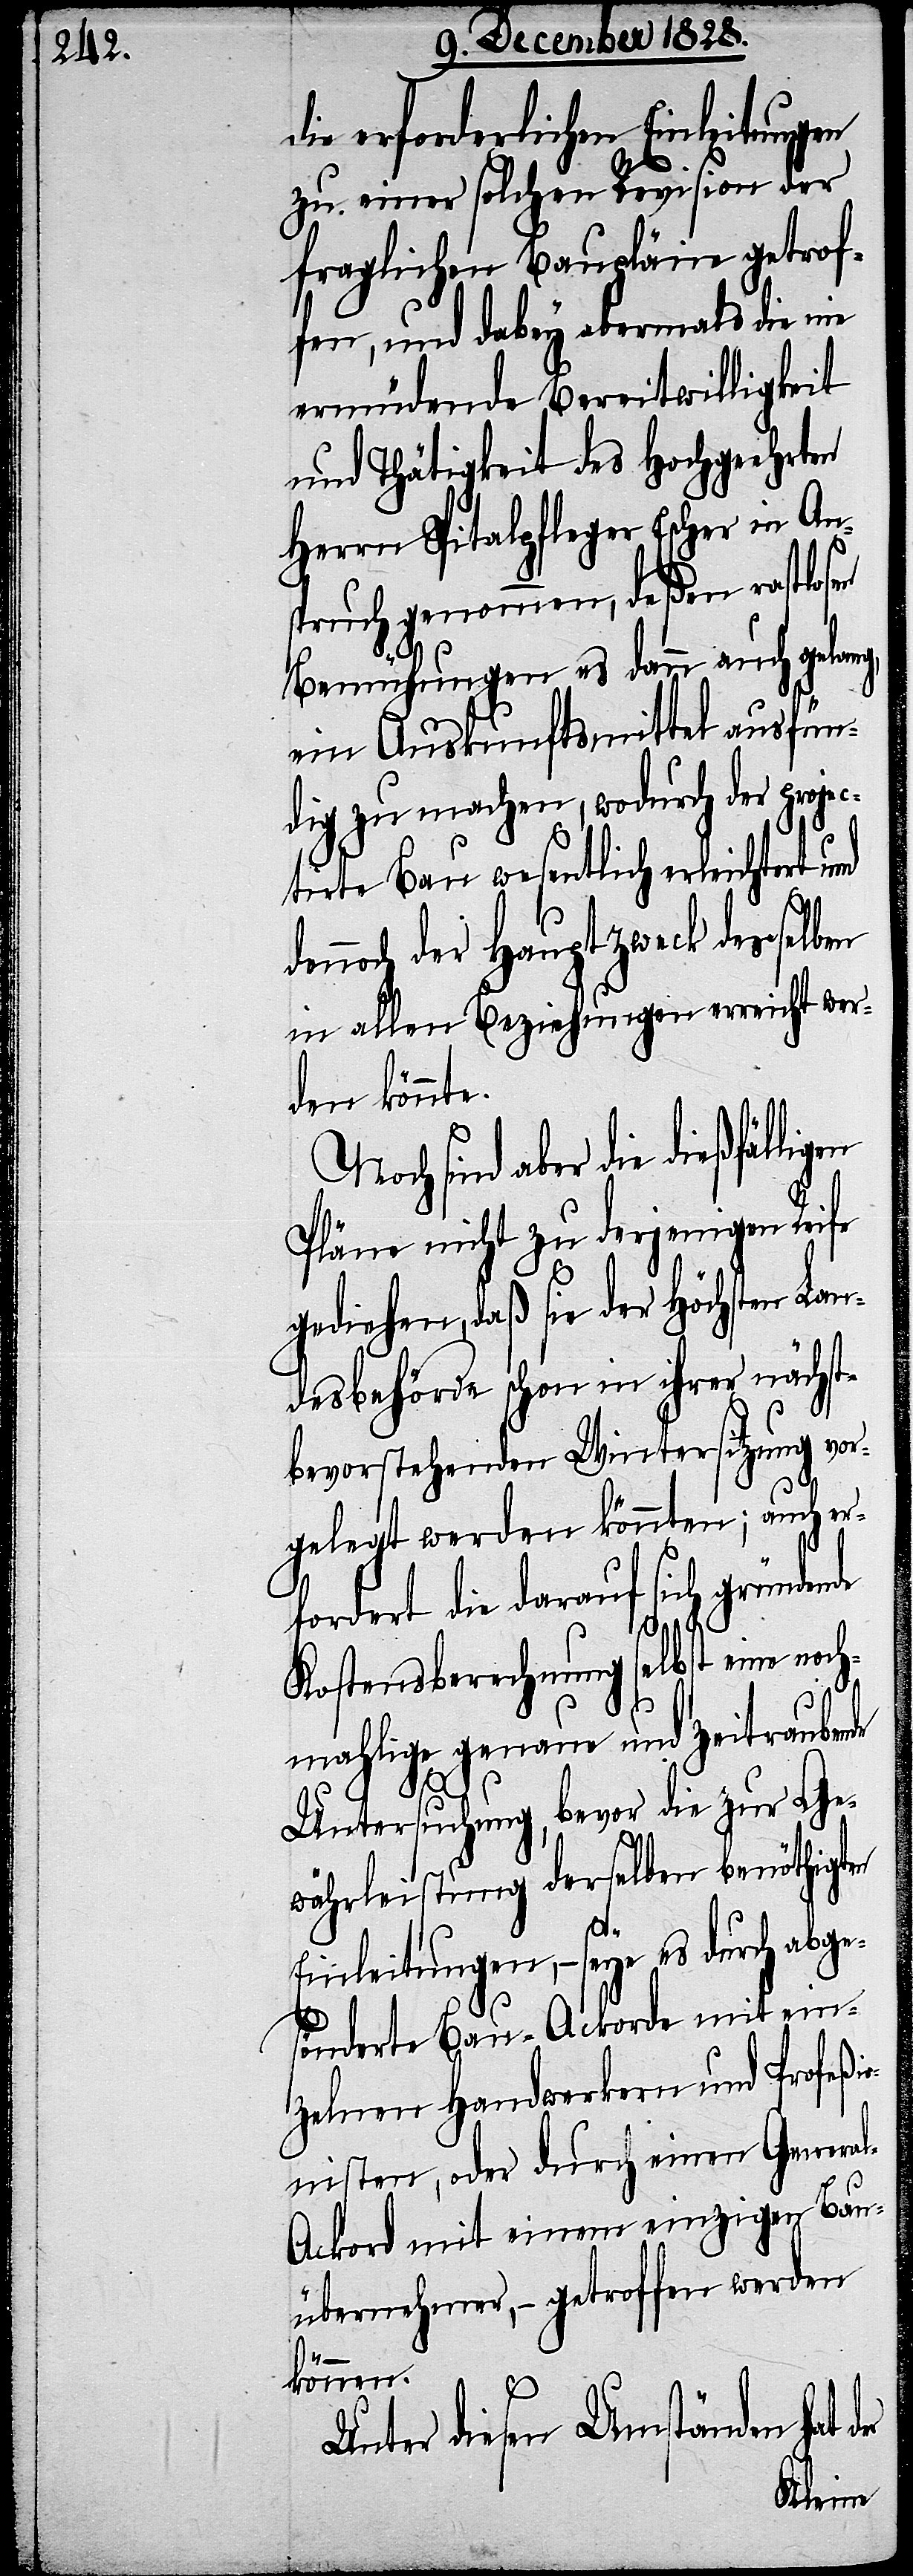
die erforderlichen Einleitungen
zu einer solchen Revision der
fraglichen Baupläne getrof¬
fen, und dabey abermals die nie
ermüdende Bereitwilligkeit
und Thätigkeit des Hochgeehrten
Herrn Spitalpfleger Escher in An¬
spruch genommen, deßen rastlosen
Bemühungen es dann auch gelang,
ein Auskunftsmittel ausfün¬
dig zu machen, wodurch der projec¬
tirte Bau wesentlich erleichtert und
noch der Hauptzweck desselben
in allen Beziehungen erreicht wer¬
den könnte.
Noch sind aber die dießfälli¬
Pläne nicht zu derjenigen Reife
gediehen, daß sie der Höchsten Lan¬
desbehörde schon in ihrer nächst¬
bevorstehenden Wintersitzung vor¬
gelegt werden könnten; auch er¬
fordert die darauf sich gründende
gen
Kostensberechnung selbst eine noch¬
mahlige genaue und zeitraubende
der
Untersuchung, bevor die zur Ge¬
währleistung derselben benöthigten
Einleitungen, – seye es durch abge¬
sönderte Bau-Ackorde mit ein¬
zelnen Handwerkern und Profeßi¬
onisten, oder durch einen Genera¬
l-Ackord mit einem einzigen Bau¬
übernehmer, – getroffen werden
können.
Unter diesen Umständen hat